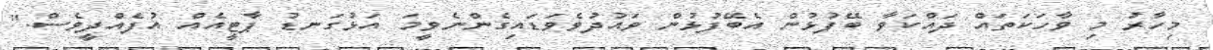
މިހާރު މި ވާހަކަތައް ދައްކަވާ ބޭފުޅުން އެބޭފުޅުން ވައުދުވެވަޑައިގެންނެވީމަ އަޅުގަނޑު ޕާޓީއެއް އުފެއްދީވެސް."